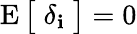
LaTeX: \operatorname{E}{\big[}\; \delta_{\mathbf{i}}\; {\big]}=0